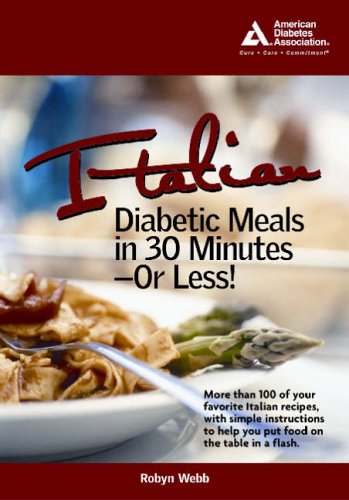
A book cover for Italian Diabetic Meals in 30 Minutes or Less!; Robyn Webb; Health, Fitness & Dieting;